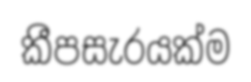
කීපසැරයක්ම